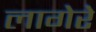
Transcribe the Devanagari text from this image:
लागेरे